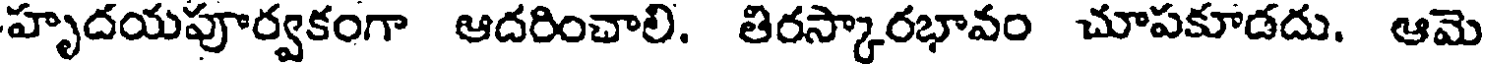
హృదయపూర్వకంగా ఆదరించాలి. తిరస్కారభావం చూపకూడదు. ఆమె